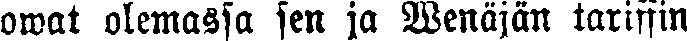
omat olemassa sen ja Wenäjän tariffin